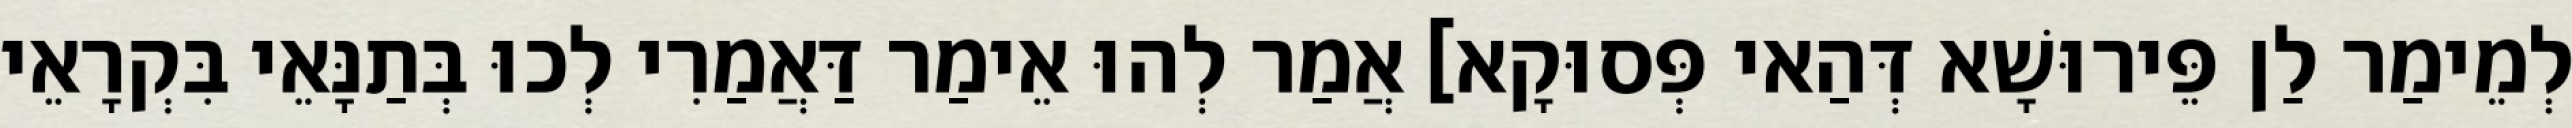
לְמֵימַר לַן פֵּירוּשָׁא דְּהַאי פְּסוּקָא] אֲמַר לְהוּ אֵימַר דַּאֲמַרִי לְכוּ בְּתַנָּאֵי בִּקְרָאֵי